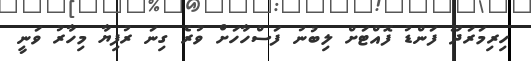
ހިރިމަރަދޫ ފަންޑު ފޮއްޓަށް ލިބުނު ފަސްހާހަށް ވުރެ ގިނަ ރުފިޔާ މިހާރު ވަނީ